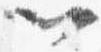
以